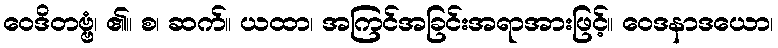
ဝေဒိတဗ္ဗံ၊ ၏။ စ၊ ဆက်။ ယထာ၊ အကြင်အခြင်းအရာအားဖြင့်။ ဝေဒနာဒယော၊